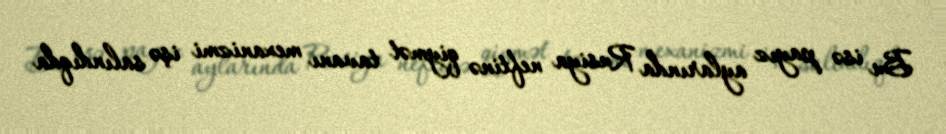
Bu isə payız aylarında Rusiya neftinə qiymət tavanı mexanizmi işə salındıqda